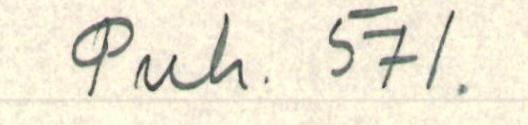
Puh. 571.